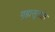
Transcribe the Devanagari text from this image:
गृह्यसूत्रांत